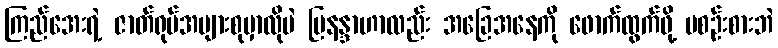
ကြည်အေးရဲ့ ဇာတ်ရုပ်အများစုမှာလိုပဲ မြနန္ဒာဟာလည်း အခြေအနေကို ဖောက်ထွက်ဖို့ မစဉ်းစားဘဲ